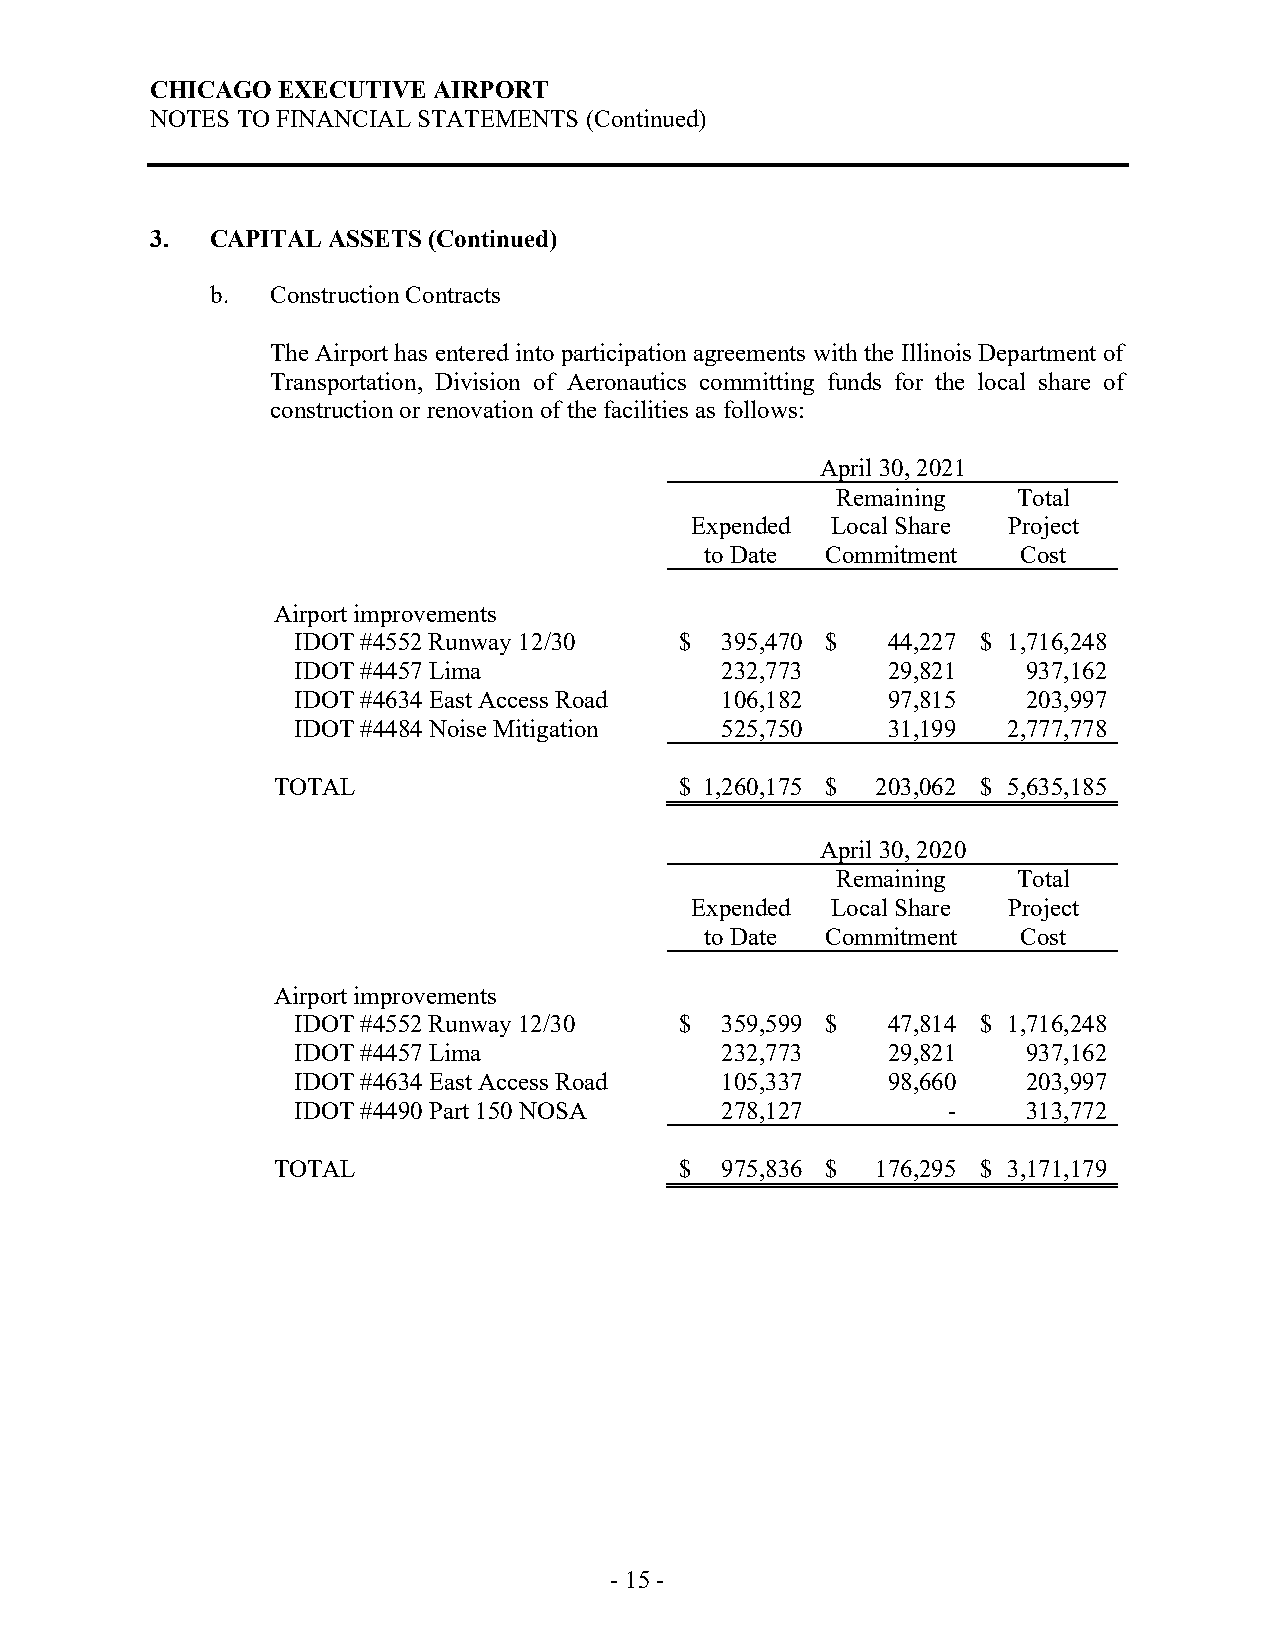
CHICAGO EXECUTIVE  AIRPORT
 NOTES TO FINANCIAL STATEMENTS (Continued)
 3.  CAPITAL ASSETS (Continued)
 b.  Construction Contracts
 The Airport has entered into participation agreements with the Illinois Department of
 Transportation, Division of Aeronautics committing funds for the local share of
 construction or renovation of the facilities as follows:
 April 30, 2021
 Remaining   Total
 Expended Local Share Project
 to Date Commitment   Cost
 Airport improvements
 IDOT #4552 Runway 12/30   $  395,470 $  44,227 $ 1,716,248
 IDOT #4457 Lima              232,773    29,821   937,162
 IDOT #4634 East Access Road  106,182    97,815   203,997
 IDOT #4484 Noise Mitigation  525,750    31,199  2,777,778
 TOTAL                      $ 1,260,175 $ 203,062 $ 5,635,185
 April 30, 2020
 Remaining   Total
 Expended Local Share Project
 to Date Commitment   Cost
 Airport improvements
 IDOT #4552 Runway 12/30   $  359,599 $  47,814 $ 1,716,248
 IDOT #4457 Lima              232,773    29,821   937,162
 IDOT #4634 East Access Road  105,337    98,660   203,997
 IDOT #4490 Part 150 NOSA     278,127        -    313,772
 TOTAL                      $  975,836 $ 176,295 $ 3,171,179
 - 15 -